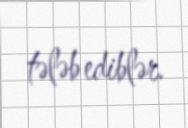
tələb ediblər.